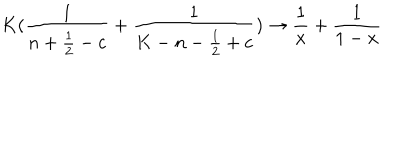
LaTeX: K ( { \frac { 1 } { n + { \frac { 1 } { 2 } } - c } } + { \frac { 1 } { K - n - { \frac { 1 } { 2 } } + c } } ) \rightarrow { \frac { 1 } { x } } + { \frac { 1 } { 1 - x } }